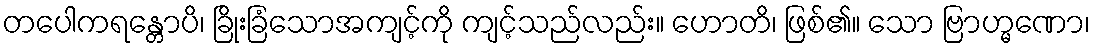
တပေါကရန္တောပိ၊ ခြိုးခြံသောအကျင့်ကို ကျင့်သည်လည်း။ ဟောတိ၊ ဖြစ်၏။ သော ဗြာဟ္မဏော၊